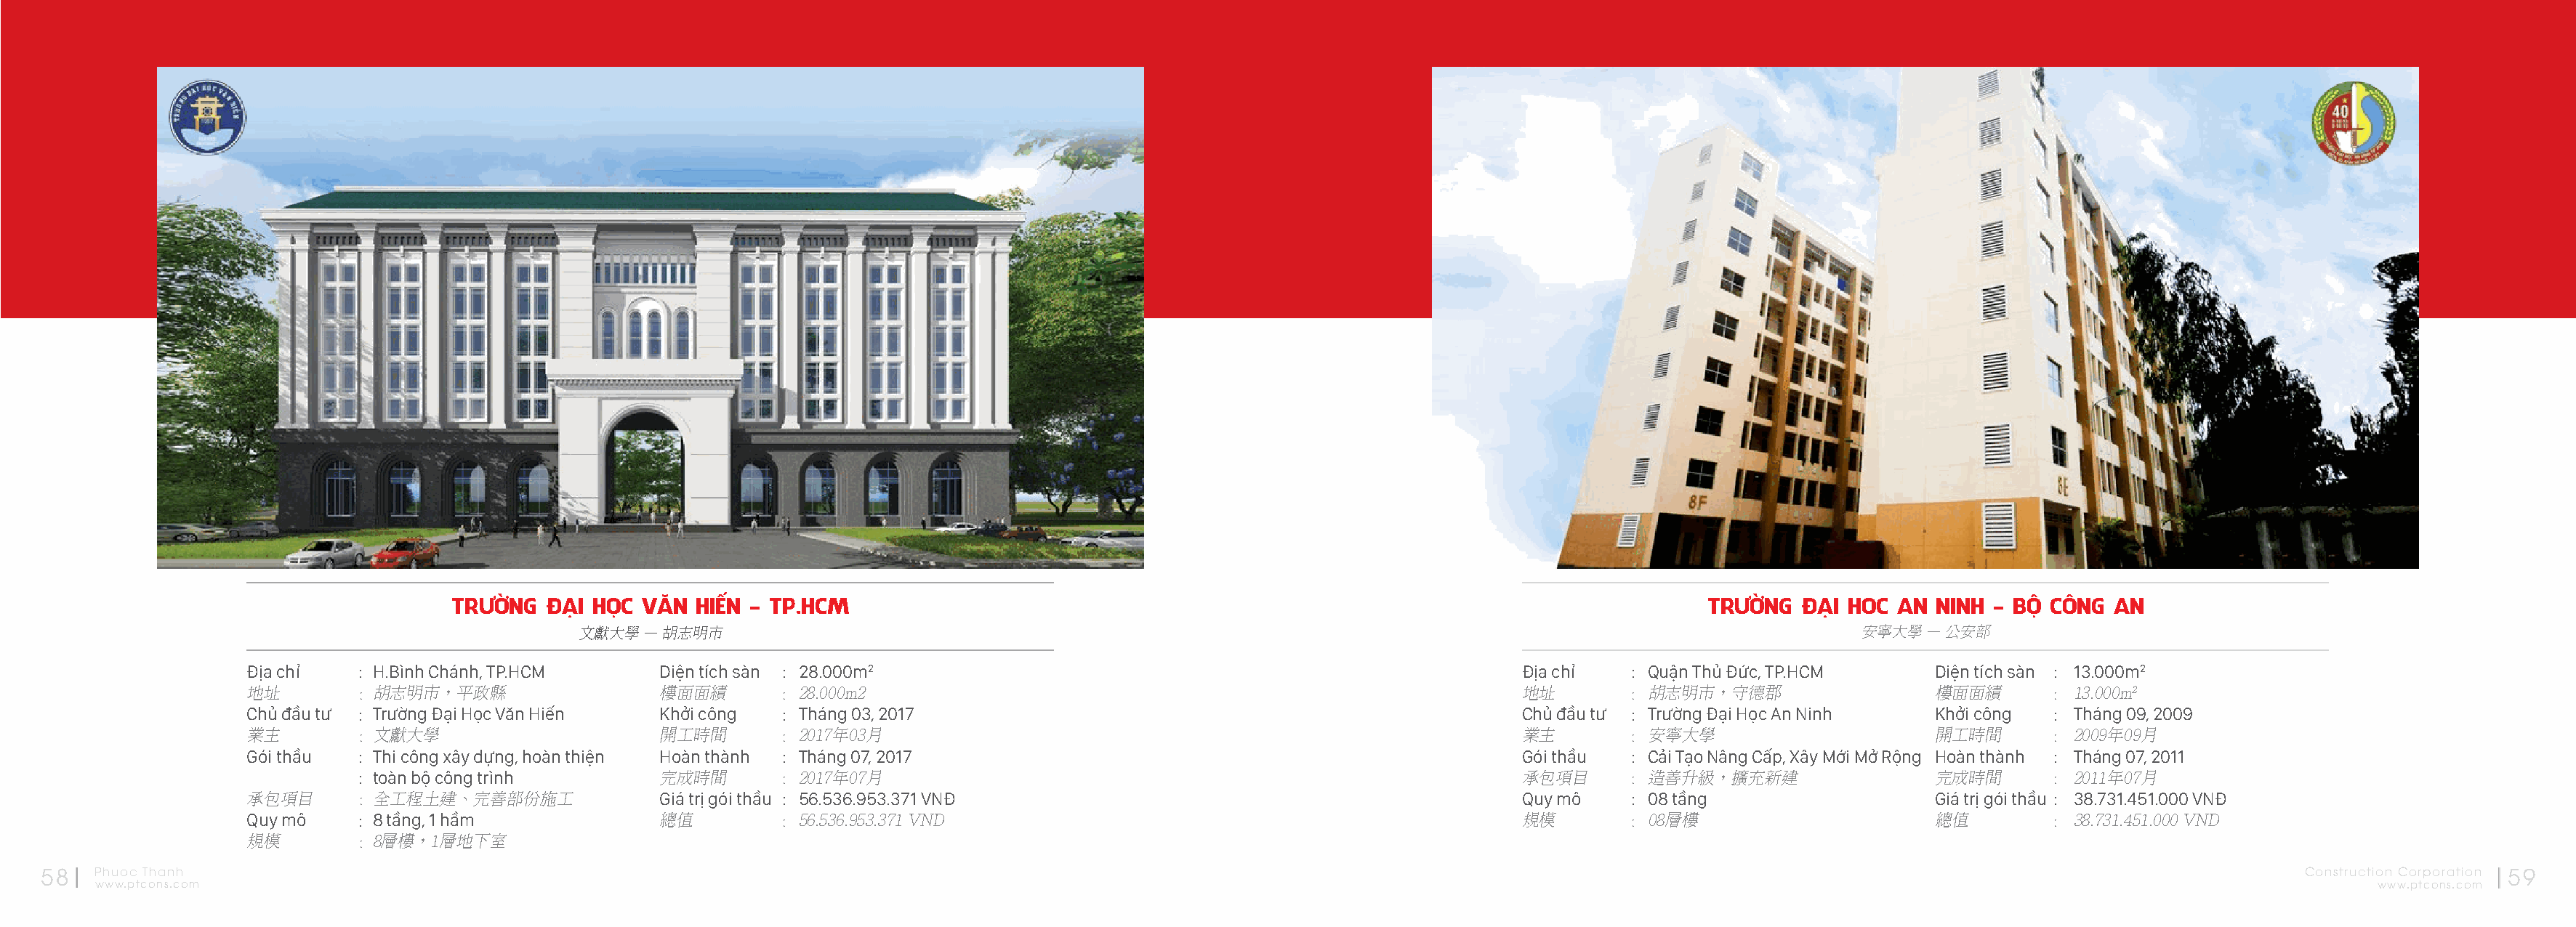
TRƯỜNG   ĐẠI HỌC VĂN  HIẾN - TP.HCM                                                                               TRƯỜNG   ĐẠI HOC  AN NINH  - BỘ CÔNG AN
 文獻大學  – 胡志明市                                                                                                        安寧大學  – 公安部
 Địa chỉ    : H.Bình Chánh, TP.HCM     Diện tích sàn : 28.000m2                                                       Địa chỉ   : Quận Thủ Đức, TP.HCM     Diện tích sàn : 13.000m2
 地址         : 胡志明市，平政縣                 樓面面績       : 28.000m2                                                          地址        : 胡志明市，守德郡                 樓面面績       : 13.000m2
 Chủ đầu tư : Trường Đại Học Văn Hiến  Khởi công  : Tháng 03, 2017                                                    Chủ đầu tư : Trường Đại Học An Ninh  Khởi công  : Tháng 09, 2009
 業主         : 文獻大學                     開工時間       : 2017年03月                                                          業主        : 安寧大學                     開工時間       : 2009年09月
 Gói thầu   : Thi công xây dựng, hoàn thiện Hoàn thành : Tháng 07, 2017                                               Gói thầu  : Cải Tạo Nâng Cấp, Xây Mới Mở Rộng Hoàn thành : Tháng 07, 2011
 : toàn bộ công trình       完成時間       : 2017年07月                                                          承包項目      : 造善升級，擴充新建                完成時間       : 2011年07月
 承包項目       : 全工程土建、完善部份施工             Giá trị gói thầu : 56.536.953.371 VNĐ                                          Quy mô    : 08 tầng                  Giá trị gói thầu : 38.731.451.000 VNĐ
 Quy mô     : 8 tầng, 1 hầm            總值         : 56.536.953.371 VND                                                規模        : 08層樓                     總值         : 38.731.451.000 VND
 規模         : 8層樓，1層地下室
 58   Phuoc Thanh                                                                                                                                                                                              Construction Corporation 59
 www.ptcons.com                                                                                                                                                                                                  www.ptcons.com